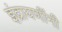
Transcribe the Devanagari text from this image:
इंद्रायणींनी